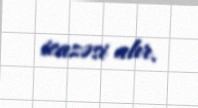
icazəsi alır.